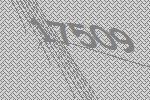
17509